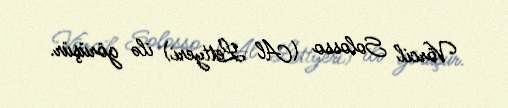
Vörcil Solosso (Al Lettyeri) ilə görüşür.